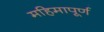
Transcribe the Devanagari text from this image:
महिमापूर्ण